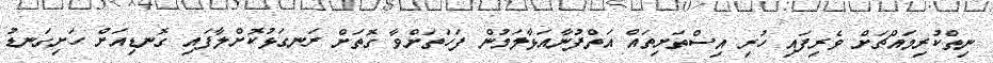
ނިތްކުރިމައްޗަށް ވެރިފައި ހުރި އިސްތަށިތައް އަތްފުނާއަޅާލަމުން ފަހަތަށްވާ ގޮތަށް ރަނގަޅުކޮށްލާފައި ގޮނޑިއަށް ހަށިގަނޑު